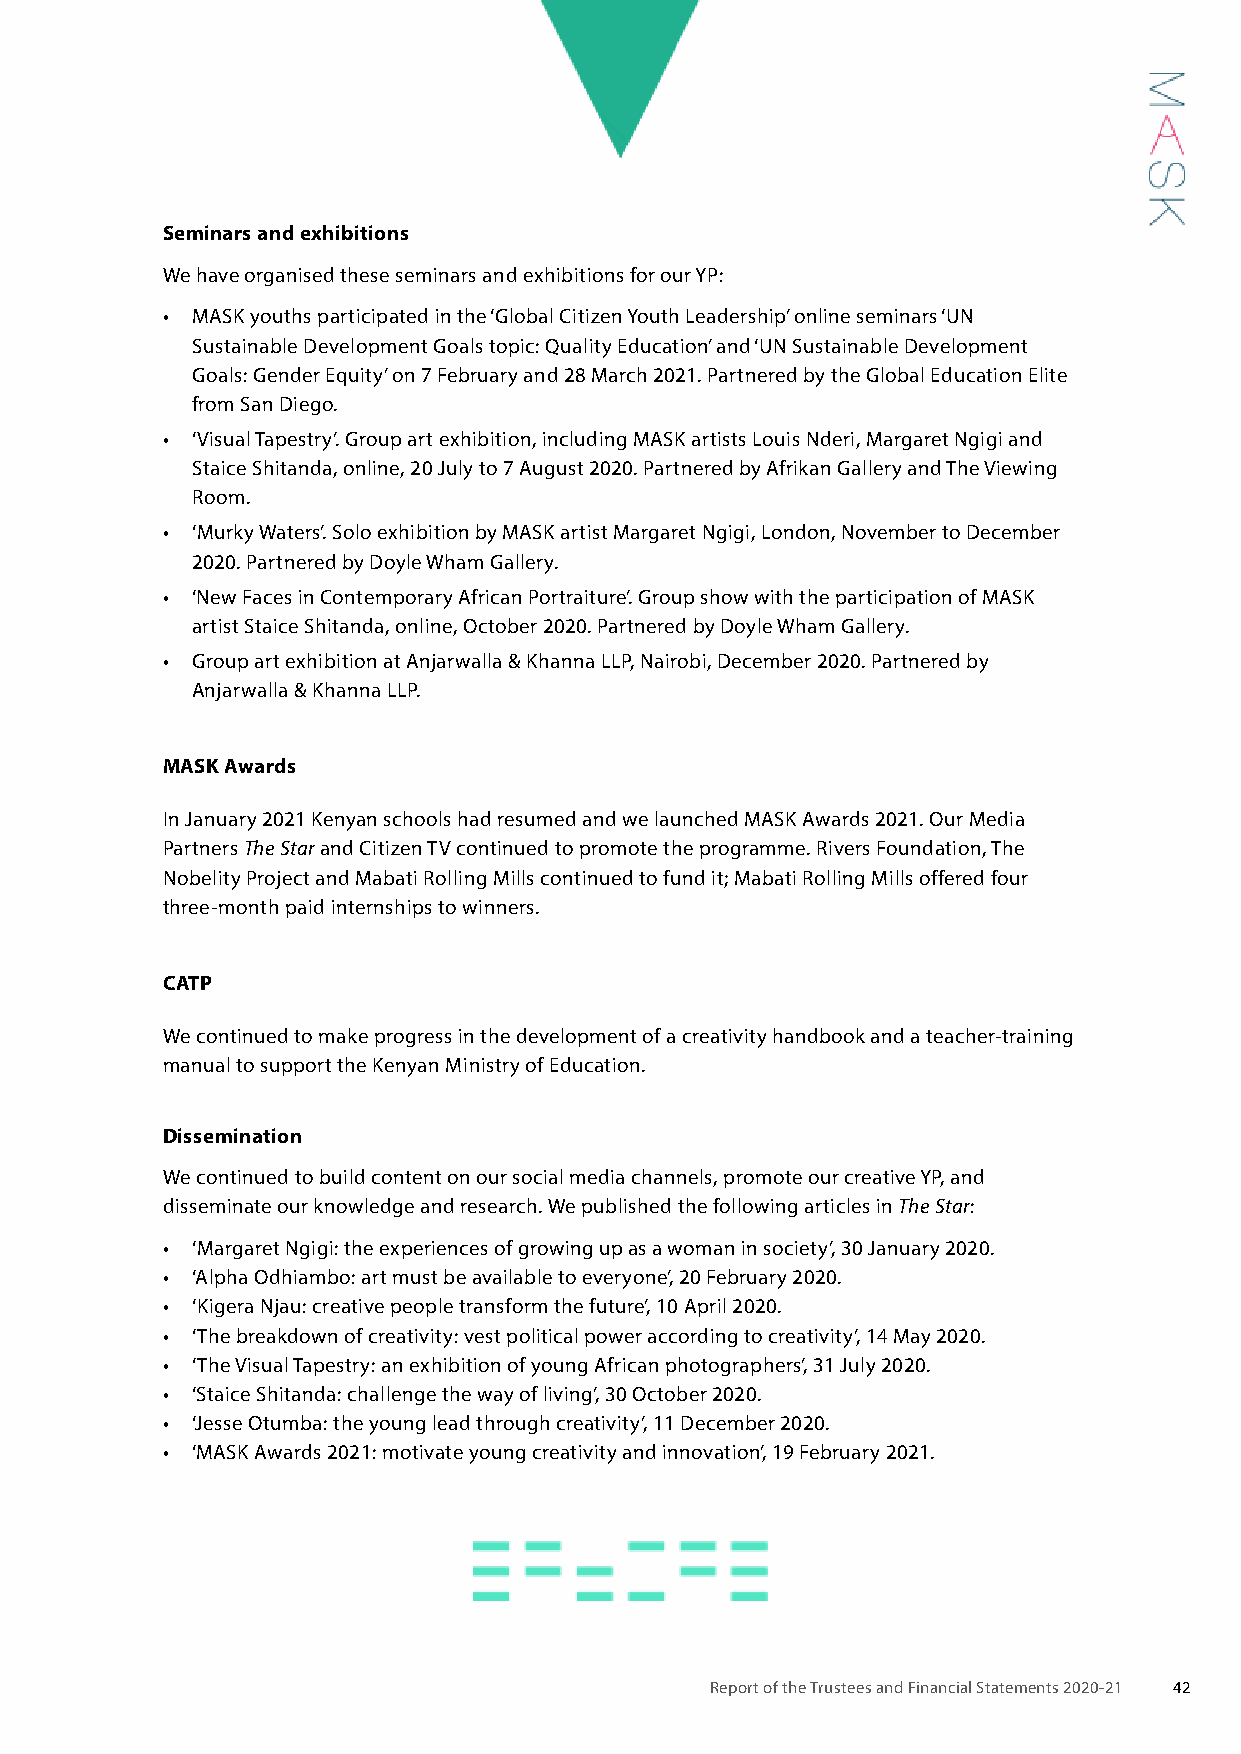
Seminars and exhibitions
 We have organised these seminars and exhibitions for our YP:
 • MASK youths participated in the ‘Global Citizen Youth Leadership’ online seminars ‘UN
 Sustainable Development Goals topic: Quality Education’ and ‘UN Sustainable Development
 Goals: Gender Equity’ on 7 February and 28 March 2021. Partnered by the Global Education Elite
 from San Diego.
 • ‘Visual Tapestry’. Group art exhibition, including MASK artists Louis Nderi, Margaret Ngigi and
 Staice Shitanda, online, 20 July to 7 August 2020. Partnered by Afrikan Gallery and The Viewing
 Room.
 • ‘Murky Waters’. Solo exhibition by MASK artist Margaret Ngigi, London, November to December
 2020. Partnered by Doyle Wham Gallery.
 • ‘New Faces in Contemporary African Portraiture’. Group show with the participation of MASK
 artist Staice Shitanda, online, October 2020. Partnered by Doyle Wham Gallery.
 • Group art exhibition at Anjarwalla & Khanna LLP, Nairobi, December 2020. Partnered by
 Anjarwalla & Khanna LLP.
 MASK Awards
 In January 2021 Kenyan schools had resumed and we launched MASK Awards 2021. Our Media
 Partners The Star and Citizen TV continued to promote the programme. Rivers Foundation, The
 Nobelity Project and Mabati Rolling Mills continued to fund it; Mabati Rolling Mills offered four
 three-month paid internships to winners.
 CATP
 We continued to make progress in the development of a creativity handbook and a teacher-training
 manual to support the Kenyan Ministry of Education.
 Dissemination
 We continued to build content on our social media channels, promote our creative YP, and
 disseminate our knowledge and research. We published the following articles in The Star:
 • ‘Margaret Ngigi: the experiences of growing up as a woman in society’, 30 January 2020.
 • ‘Alpha Odhiambo: art must be available to everyone’, 20 February 2020.
 • ‘Kigera Njau: creative people transform the future’, 10 April 2020.
 • ‘The breakdown of creativity: vest political power according to creativity’, 14 May 2020.
 • ‘The Visual Tapestry: an exhibition of young African photographers’, 31 July 2020.
 • ‘Staice Shitanda: challenge the way of living’, 30 October 2020.
 • ‘Jesse Otumba: the young lead through creativity’, 11 December 2020.
 • ‘MASK Awards 2021: motivate young creativity and innovation’, 19 February 2021.
 Report of the Trustees and Financial Statements 2020-21 42